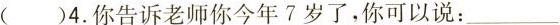
( )4.你告诉老师你今年7岁了,你可以说:___